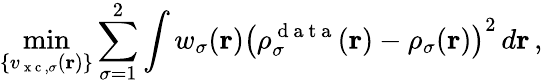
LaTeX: \operatorname*{min}_{\{ v_{\mathrm{~x~c~},\sigma}(\boldsymbol{\textbf{r}})\} }\sum_{\sigma=1}^{2}\int w_{\sigma}(\boldsymbol{\textbf{r}})\left(\rho_{\sigma}^{\mathrm{~d~a~t~a~}}(\boldsymbol{\textbf{r}})-\rho_{\sigma}(\boldsymbol{\textbf{r}})\right)^{2}\, d\boldsymbol{\textbf{r}}\, ,